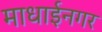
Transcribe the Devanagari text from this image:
माधाईनगर